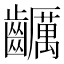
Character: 𪙺